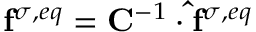
\mathbf { f } ^ { \sigma , e q } = \mathbf { C } ^ { - 1 } \cdot \mathbf { \hat { f } } ^ { \sigma , e q }